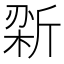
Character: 𫿼